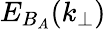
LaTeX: E_{B_{A}}(k_{\perp})